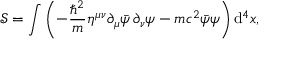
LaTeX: { \mathcal { S } } = \int \left( - { \frac { \hbar ^ { 2 } } { m } } \eta ^ { \mu \nu } \partial _ { \mu } { \bar { \psi } } \, \partial _ { \nu } \psi - m c ^ { 2 } { \bar { \psi } } \psi \right) \mathrm { d } ^ { 4 } x ,